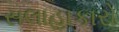
સલાહાકારો